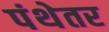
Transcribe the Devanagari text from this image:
पंथेतर